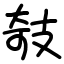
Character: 攲